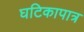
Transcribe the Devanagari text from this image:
घटिकापात्र